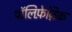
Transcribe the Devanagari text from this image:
पॉलिफ़ेज़िक